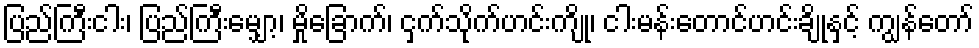
ပြည်ကြီးငါး၊ ပြည်ကြီးမျှော့၊ မှိုခြောက်၊ ငှက်သိုက်ဟင်းကျို၊ ငါးမန်းတောင်ဟင်းချိုနှင့် ကျွန်တော်